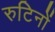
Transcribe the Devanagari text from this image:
रुटिनों